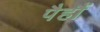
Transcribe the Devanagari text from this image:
पैहौं